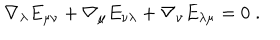
\nabla _ { \lambda } E _ { \mu \nu } + \nabla _ { \mu } E _ { \nu \lambda } + \nabla _ { \nu } E _ { \lambda \mu } = 0 \; .